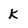
Character: K